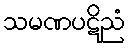
သမဏပဋိညံ